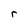
Character: r